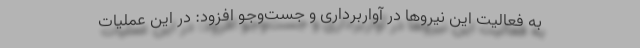
به فعالیت این نیروها در آواربرداری و جست‌وجو افزود: در این عملیات